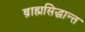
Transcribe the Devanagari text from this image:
ब्राह्मसिद्धान्त